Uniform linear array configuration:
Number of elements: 8
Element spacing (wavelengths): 0.25
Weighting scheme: hamming
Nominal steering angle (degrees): -30
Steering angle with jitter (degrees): -30.789
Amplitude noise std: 0.05
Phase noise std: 0.05

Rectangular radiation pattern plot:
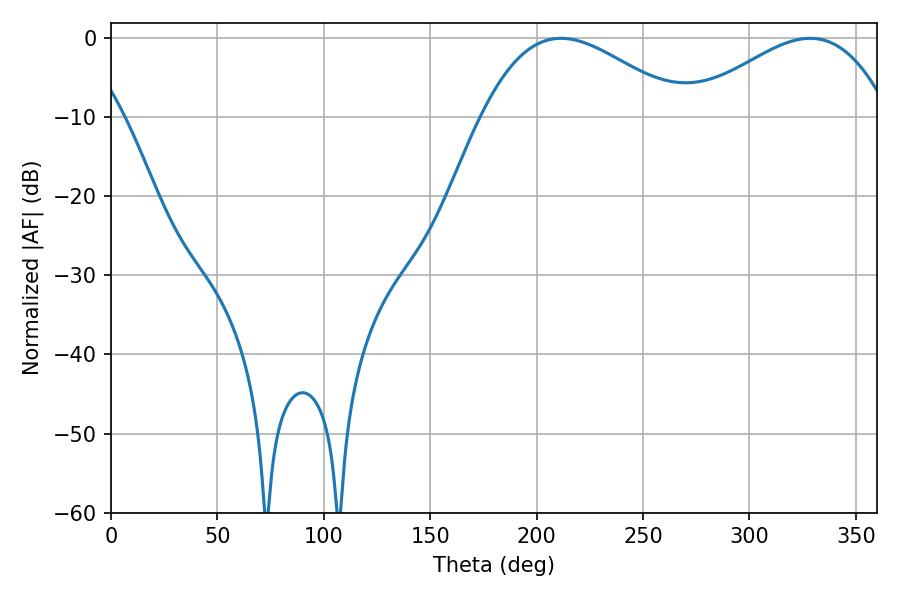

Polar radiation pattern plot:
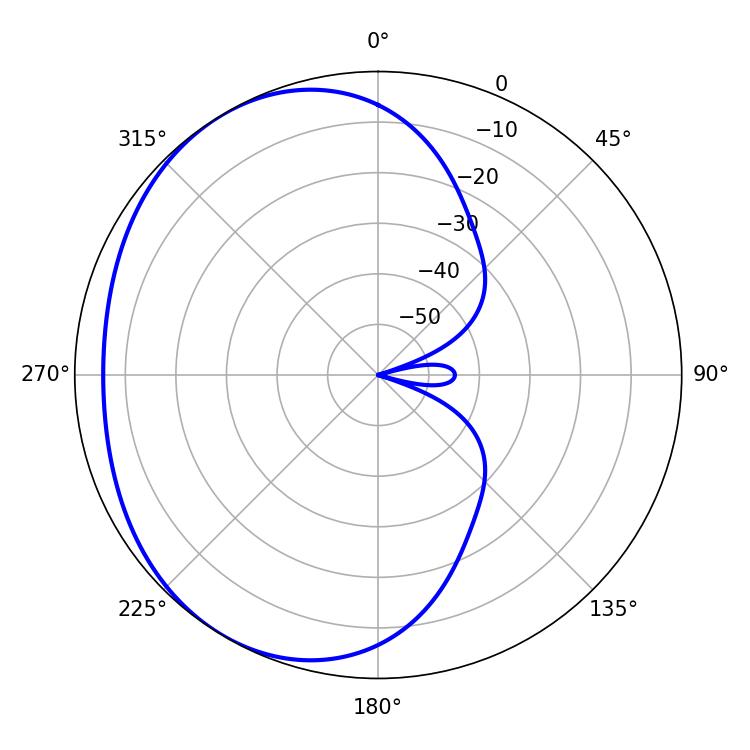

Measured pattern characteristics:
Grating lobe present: FALSE
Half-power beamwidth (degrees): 51.12
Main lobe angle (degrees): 211.5